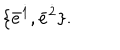
\{ \bar { e } ^ { \dot { 1 } } , \bar { e } ^ { \dot { 2 } } \} .